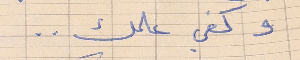
وكفي علمك . .